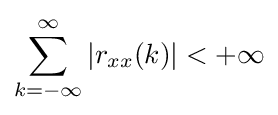
\sum _{k=-\infty }^{\infty }|r_{xx}(k)|<+\infty